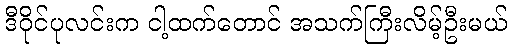
ဒီဝိုင်ပုလင်းက ငါ့ထက်တောင် အသက်ကြီးလိမ့်ဦးမယ်